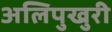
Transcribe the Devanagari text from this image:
अलिपुखुरी